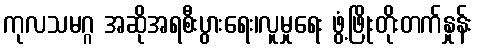
ကုလသမဂ္ဂ အဆိုအရစီးပွားရေး၊လူမှုရေး ဖွံ့ဖြိုးတိုးတက်နှုန်း